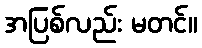
အပြစ်လည်း မတင်။